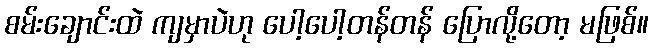
စမ်းချောင်းထဲ ကျမှာပဲဟု ပေါ့ပေါ့တန်တန် ပြောလို့တော့ မဖြစ်။